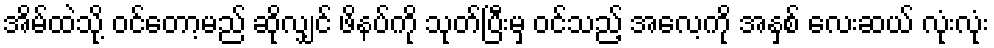
အိမ်ထဲသို့ ဝင်တော့မည် ဆိုလျှင် ဖိနပ်ကို သုတ်ပြီးမှ ဝင်သည့် အလေ့ကို အနှစ် လေးဆယ် လုံးလုံး